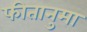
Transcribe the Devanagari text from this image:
फीतानुमा